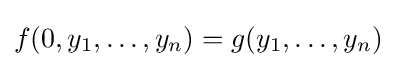
f(0,y_{1},\ldots ,y_{n})=g(y_{1},\ldots ,y_{n})